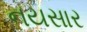
નયસાર